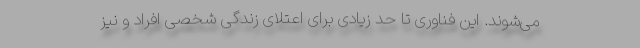
می‌شوند. این فناوری تا حد زیادی برای اعتلای زندگی شخصی افراد و نیز